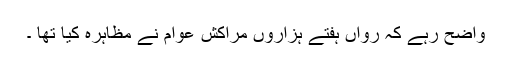
واضح رہے کہ رواں ہفتے ہزاروں مراکش عوام نے مظاہرہ کیا تھا ۔